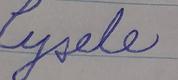
Signature authenticity: forged